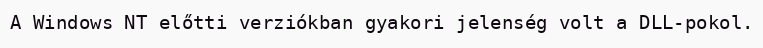
A Windows NT előtti verziókban gyakori jelenség volt a DLL-pokol.